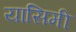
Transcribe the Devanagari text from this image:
यासिमी